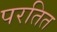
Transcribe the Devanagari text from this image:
परतित